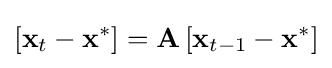
\left[\mathbf {x} _{t}-\mathbf {x} ^{*}\right]=\mathbf {A} \left[\mathbf {x} _{t-1}-\mathbf {x} ^{*}\right]